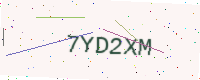
Text: 7YD2XM